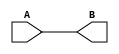
module Welcome (A , B);
    input A;
    output B;
    assign B=A;
endmodule